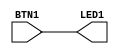
module top(
	input BTN1,
	output LED1,
	);

assign LED1 = BTN1;

/*

reg r_led1 = 1'b0;

always @(posedge CLK) begin
	if(CLK & SW1) begin
		r_led1 <= 1'b1;
	end
end
*/

endmodule